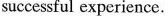
successful experience.